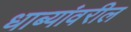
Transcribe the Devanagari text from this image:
धाब्यांवरील